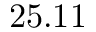
2 5 . 1 1